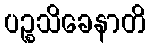
ပဉ္စသိခေနာတိ